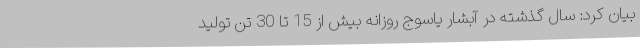
بیان کرد: سال گذشته در آبشار یاسوج روزانه بیش از 15 تا 30 تن تولید